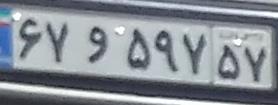
۶۷و۵۹۷۵۷